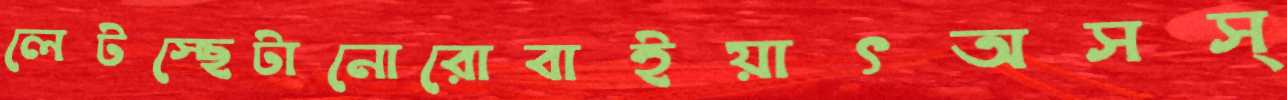
লেটস্ছেটানোরোবাইয়াৎঅসস্